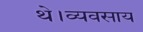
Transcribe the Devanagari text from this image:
थे।व्यवसाय